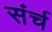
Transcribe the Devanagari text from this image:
संर्च